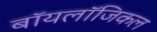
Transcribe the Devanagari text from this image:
बॉयलॉजिकल